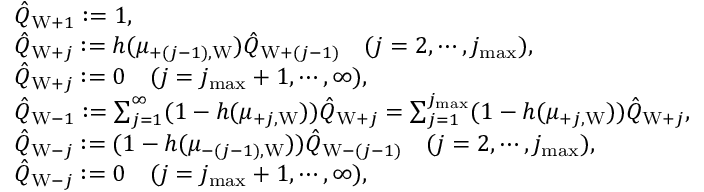
\begin{array} { r l } & { \hat { Q } _ { \mathrm { W } + 1 } : = 1 , } \\ & { \hat { Q } _ { \mathrm { W } + j } : = h ( \mu _ { + ( j - 1 ) , \mathrm { W } } ) \hat { Q } _ { \mathrm { W } + ( j - 1 ) } \quad ( j = 2 , \cdots , j _ { \operatorname* { m a x } } ) , } \\ & { \hat { Q } _ { \mathrm { W } + j } : = 0 \quad ( j = j _ { \operatorname* { m a x } } + 1 , \cdots , \infty ) , } \\ & { \hat { Q } _ { \mathrm { W } - 1 } : = \sum _ { j = 1 } ^ { \infty } ( 1 - h ( \mu _ { + j , \mathrm { W } } ) ) \hat { Q } _ { \mathrm { W } + j } = \sum _ { j = 1 } ^ { j _ { \operatorname* { m a x } } } ( 1 - h ( \mu _ { + j , \mathrm { W } } ) ) \hat { Q } _ { \mathrm { W } + j } , } \\ & { \hat { Q } _ { \mathrm { W } - j } : = ( 1 - h ( \mu _ { - ( j - 1 ) , \mathrm { W } } ) ) \hat { Q } _ { \mathrm { W } - ( j - 1 ) } \quad ( j = 2 , \cdots , j _ { \operatorname* { m a x } } ) , } \\ & { \hat { Q } _ { \mathrm { W } - j } : = 0 \quad ( j = j _ { \operatorname* { m a x } } + 1 , \cdots , \infty ) , } \end{array}